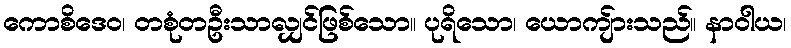
ကောစိဒေဝ၊ တစုံတဦးသာလျှင်ဖြစ်သော။ ပုရိသော၊ ယောကျ်ားသည်။ နာဝါယ၊